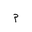
Letter: _mim